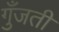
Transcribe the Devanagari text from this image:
गुँजती